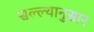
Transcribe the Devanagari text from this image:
सल्ल्‍यानुसार